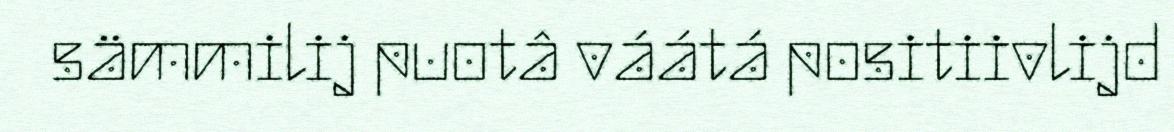
sämmilij puotâ váátá positiivlijd